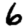
Digit: 6